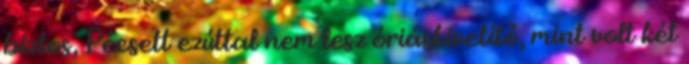
biztos, Pécsett ezúttal nem lesz óriáskivetítő, mint volt két